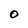
Character: 0